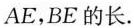
AE，BE的长。